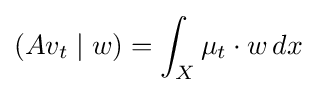
(Av_{t}\mid w)=\int _{X}\mu _{t}\cdot w\,dx